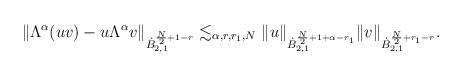
LaTeX: \begin{align*}\begin{aligned} \Vert \Lambda^\alpha(uv)- u\Lambda^\alpha v\Vert_{\dot{B}^{\frac{N}{2}+1-r}_{2,1}} \lesssim_{\alpha,r,r_1,N} \Vert u \Vert_{\dot{B}^{\frac{N}{2}+1+\alpha-r_1}_{2,1}}\Vert v \Vert_{\dot{B}^{\frac{N}{2}+r_1-r}_{2,1}}.\end{aligned}\end{align*}